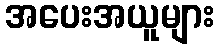
အပေးအယူများ